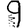
Digit: 9